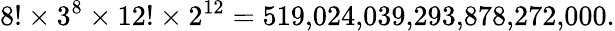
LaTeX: {8!\times 3^{8}\times 12!\times 2^{12}}=519{,}024{,}039{,}293{,}878{,}272{,}000.